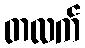
တလက်